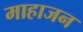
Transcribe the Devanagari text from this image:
माहाजन